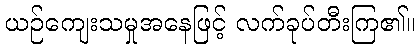
ယဉ်ကျေးသမှုအနေဖြင့် လက်ခုပ်တီးကြ၏။